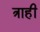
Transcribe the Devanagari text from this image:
त्राही